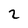
Character: 2